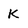
Character: K